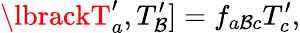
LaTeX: \lbrackT_{a}^{\prime},T_{\mathcal{B}}^{\prime}]=f_{a\mathcal{B}c}T_{c}^{\prime},